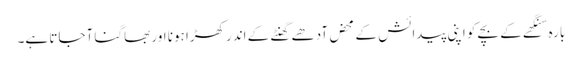
بارہ سنگھے کے بچے کو اپنی پیدائش کے محض آدھے گھنٹے کے اندرکھڑا ہونا اور بھاگنا آجاتا ہے۔